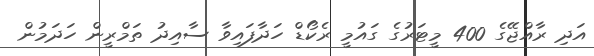
އަދި ރާއްޖޭގެ 400 މީޓަރުގެ ގައުމީ ރެކޯޑް ހަދާފައިވާ ސާއިދު ތަމްރީން ހަދަމުން